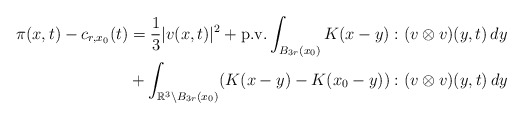
\begin{align*} \pi(x, t) - c_{r,x_0}(t) &= \frac{1}{3}|v(x, t)|^2 + \textnormal{p.v.} \int_{B_{3r}(x_0)} K(x - y) : (v \otimes v)(y, t) \,dy\\&+ \int_{\mathbb{R}^3 \setminus B_{3r}(x_0)} (K(x - y) - K(x_0 - y)) : (v \otimes v)(y, t) \,dy\end{align*}